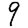
Digit: 9